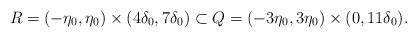
\begin{align*}R=(-\eta_{0},\eta_{0})\times(4\delta_{0},7\delta_{0})\subset Q=(-3\eta_{0},3\eta_{0})\times(0,11\delta_{0}).\end{align*}